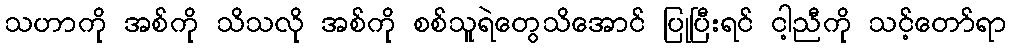
သဟာကို အစ်ကို သိသလို အစ်ကို စစ်သူရဲတွေသိအောင် ပြုပြီးရင် ငါ့ညီကို သင့်တော်ရာ